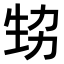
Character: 𤯜